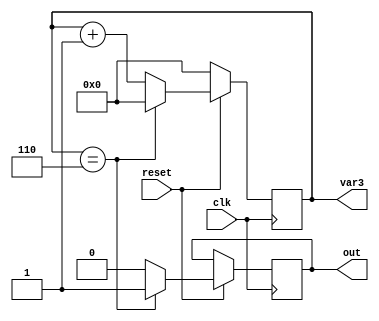
module counter2(input clk,input reset,output reg out,output reg[3:0]var3);

always@(posedge clk)begin
	if(reset==0) 
	var3<=0;
	
else begin
if(var3==6)
	begin
		var3<=0;
		out<=1;
		end
	else begin
		var3<=var3+1;
		out<=0;
		end
end
end
endmodule